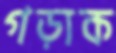
গড়াক